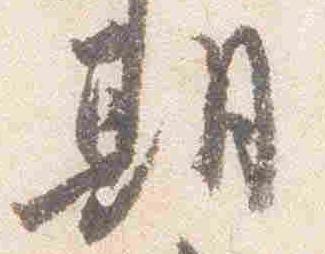
期